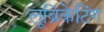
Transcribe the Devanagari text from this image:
लूब्रिकेटिंग